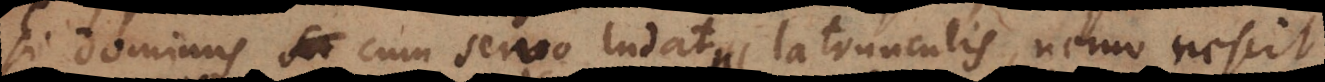
si dominus cum servo ludat latrunculis, nemo nescit